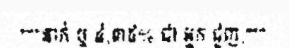
"""នាក់ ឬ ៤,៣៥% ជា អ្នក ជួញ,"""